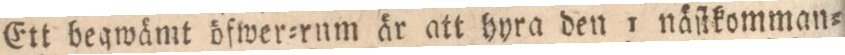
Ett begwämt öfwer=rum är att hyra den 1 näſtkomman=